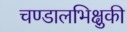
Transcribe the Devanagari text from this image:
चण्डालभिक्षुकी